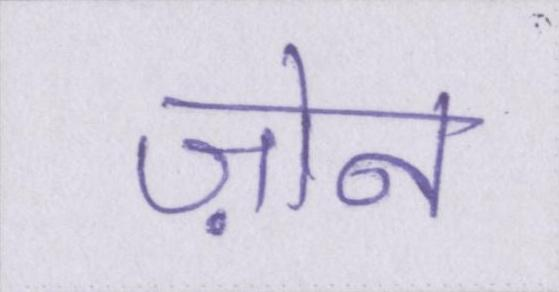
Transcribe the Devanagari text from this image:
ज़ोन